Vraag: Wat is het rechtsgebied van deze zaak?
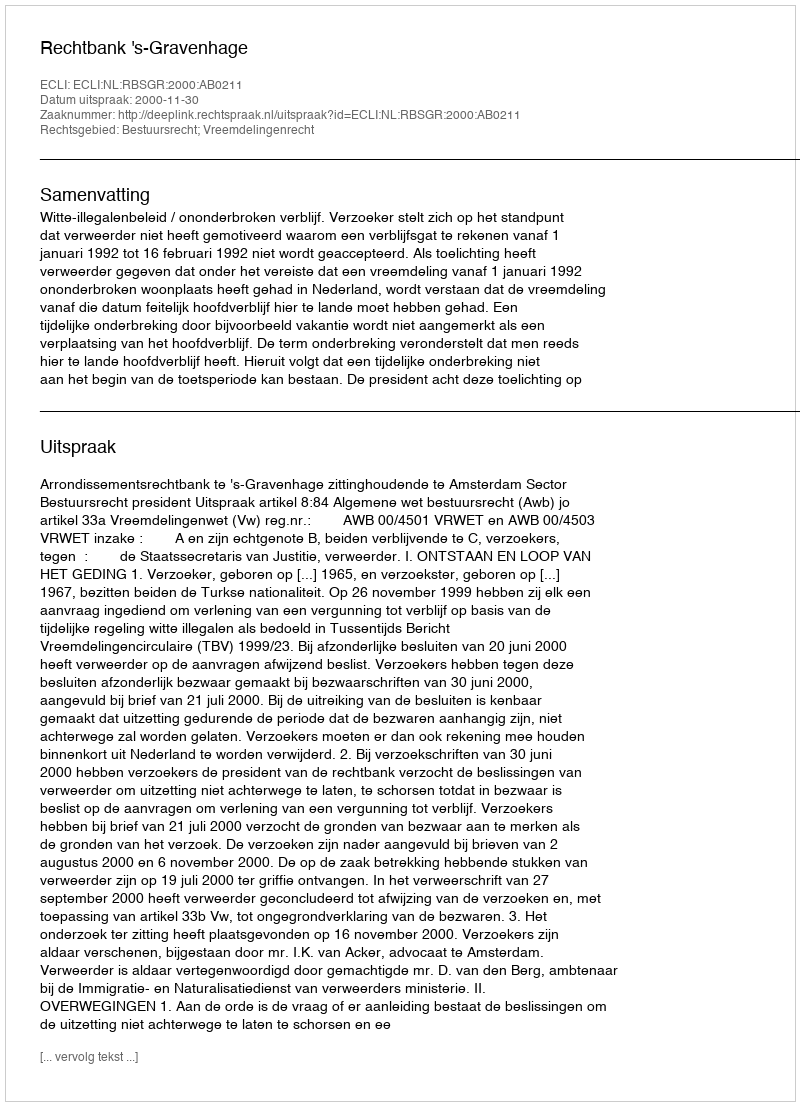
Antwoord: Bestuursrecht; Vreemdelingenrecht